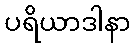
ပရိယာဒါနာ